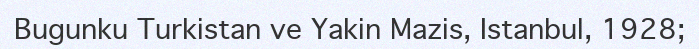
Bugunku Turkіstan ve Yakіn Mazіs, Istanbul, 1928;